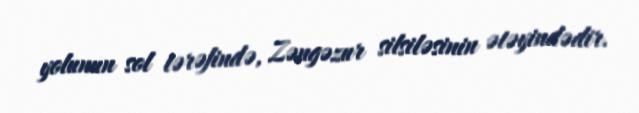
yolunun sol tərəfində, Zəngəzur silsiləsinin ətəyindədir.